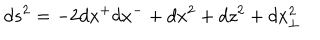
d s ^ { 2 } = - 2 d x ^ { + } d x ^ { - } + d x ^ { 2 } + d z ^ { 2 } + d x _ { \perp } ^ { 2 }